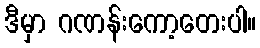
ဒီမှာ ဂဏန်းကော့တေးပါ။